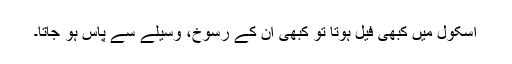
اسکول میں کبھی فیل ہوتا تو کبھی ان کے رسوخ، وسیلے سے پاس ہو جاتا۔